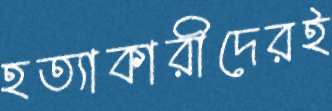
হত্যাকারীদেরই